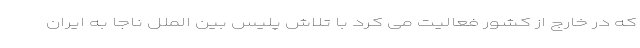
که در خارج از کشور فعالیت می کرد با تلاش پلیس بین الملل ناجا به ایران